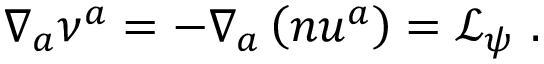
\nabla _ { a } \nu ^ { a } = - \nabla _ { a } \left( n u ^ { a } \right) = \mathcal { L } _ { \psi } ~ .